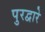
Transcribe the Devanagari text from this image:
पुरद्वारे